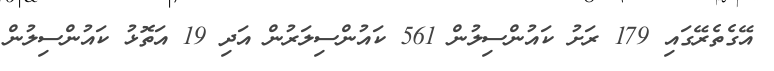
އޭގެތެރޭގައި 179 ރަށު ކައުންސިލުން 561 ކައުންސިލަރުން އަދި 19 އަތޮޅު ކައުންސިލުން